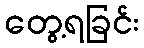
တွေ့ရခြင်း